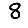
Digit: 8